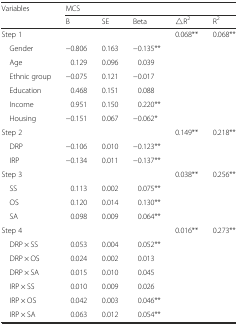
<table><thead><tr><td rowspan="2"><b>Variables</b></td><td colspan="5"><b>MCS</b></td></tr><tr><td><b>B</b></td><td><b>SE</b></td><td><b>Beta</b></td><td><b>△R<sup>2</sup></b></td><td><b>R<sup>2</sup></b></td></tr></thead><tbody><tr><td>Step 1</td><td></td><td></td><td></td><td>0.068**</td><td>0.068**</td></tr><tr><td> Gender</td><td>−0.806</td><td>0.163</td><td>−0.135**</td><td></td><td></td></tr><tr><td> Age</td><td>0.129</td><td>0.096</td><td>0.039</td><td></td><td></td></tr><tr><td> Ethnic group</td><td>−0.075</td><td>0.121</td><td>−0.017</td><td></td><td></td></tr><tr><td> Education</td><td>0.468</td><td>0.151</td><td>0.088</td><td></td><td></td></tr><tr><td> Income</td><td>0.951</td><td>0.150</td><td>0.220**</td><td></td><td></td></tr><tr><td> Housing</td><td>−0.151</td><td>0.067</td><td>−0.062*</td><td></td><td></td></tr><tr><td>Step 2</td><td></td><td></td><td></td><td>0.149**</td><td>0.218**</td></tr><tr><td> DRP</td><td>−0.106</td><td>0.010</td><td>−0.123**</td><td></td><td></td></tr><tr><td> IRP</td><td>−0.134</td><td>0.011</td><td>−0.137**</td><td></td><td></td></tr><tr><td>Step 3</td><td></td><td></td><td></td><td>0.038**</td><td>0.256**</td></tr><tr><td> SS</td><td>0.113</td><td>0.002</td><td>0.075**</td><td></td><td></td></tr><tr><td> OS</td><td>0.120</td><td>0.014</td><td>0.130**</td><td></td><td></td></tr><tr><td> SA</td><td>0.098</td><td>0.009</td><td>0.064**</td><td></td><td></td></tr><tr><td>Step 4</td><td></td><td></td><td></td><td>0.016**</td><td>0.273**</td></tr><tr><td> DRP × SS</td><td>0.053</td><td>0.004</td><td>0.052**</td><td></td><td></td></tr><tr><td> DRP × OS</td><td>0.024</td><td>0.002</td><td>0.013</td><td></td><td></td></tr><tr><td> DRP × SA</td><td>0.015</td><td>0.010</td><td>0.045</td><td></td><td></td></tr><tr><td> IRP × SS</td><td>0.010</td><td>0.009</td><td>0.026</td><td></td><td></td></tr><tr><td> IRP × OS</td><td>0.042</td><td>0.003</td><td>0.046**</td><td></td><td></td></tr><tr><td> IRP × SA</td><td>0.063</td><td>0.012</td><td>0.054**</td><td></td><td></td></tr></tbody></table>